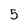
Character: 5